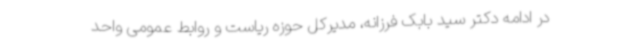
در ادامه دکتر سید بابک فرزانه، مدیرکل حوزه ریاست و روابط عمومی واحد